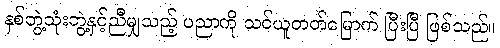
နှစ်ဘွဲ့သုံးဘွဲ့နှင့်ညီမျှသည့် ပညာကို သင်ယူတတ်မြောက် ပြီးပြီ ဖြစ်သည်။